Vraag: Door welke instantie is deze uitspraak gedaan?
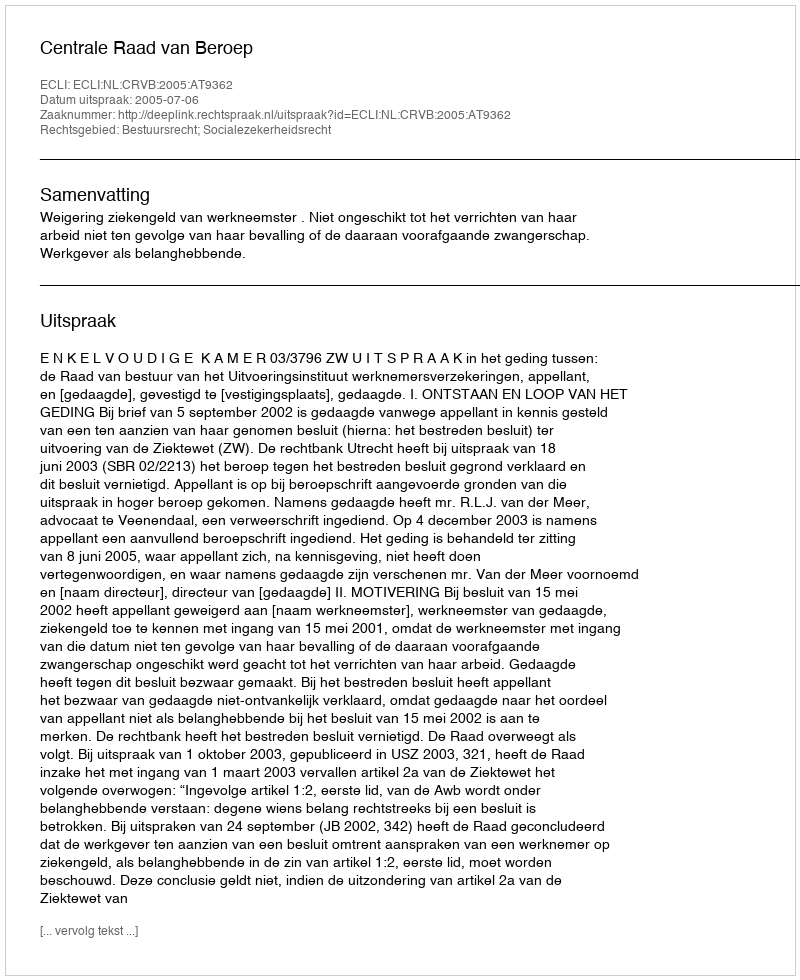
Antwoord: Centrale Raad van Beroep